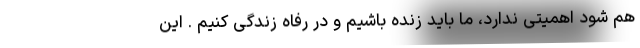
هم شود اهمیتی ندارد، ما باید زنده باشیم و در رفاه زندگی کنیم . این